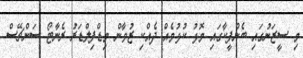
މި ސީޒަނުގައި ބެންފީކާގައި މޮޅު ކުޅުމެއް ދެއްކި ޒުވާން މިޑްފިލްޑަރު ރެނާޓޯ ސަންޗޭސް